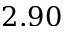
2 . 9 0